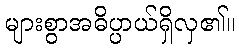
များစွာအဓိပ္ပာယ်ရှိလှ၏။